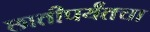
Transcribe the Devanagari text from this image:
छातीपर्यंतचा